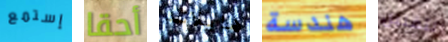
إستمع أحقا هايلاند هندسة لتقليل